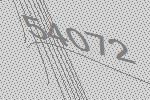
54072